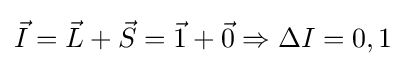
{\vec {I}}={\vec {L}}+{\vec {S}}={\vec {1}}+{\vec {0}}\Rightarrow \Delta I=0,1